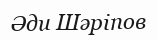
Әди Шәріпов